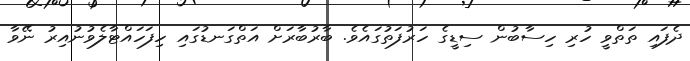
ދެފައި ތަތްވީ ހުރި ހިސާބުން ސިޑީގެ ހަރުފަތުގައެވެ. ބާރުބާރަށް އަތްގަނޑުގައި ހިފަހައްޓާލެވުނުއިރު ނޭވާ